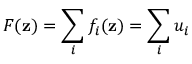
F ( \mathbf { z } ) = \sum _ { i } f _ { i } ( \mathbf { z } ) = \sum _ { i } u _ { i }